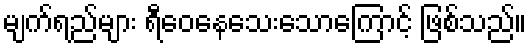
မျက်ရည်များ ရီဝေနေသေးသောကြောင့် ဖြစ်သည်။